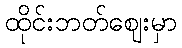
ထိုင်းဘတ်ဈေးမှာ